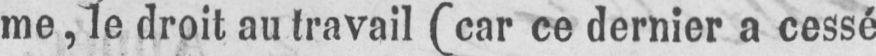
me, le droit au travail (car ce dernier a cessé